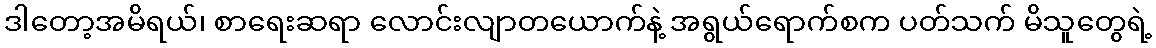
ဒါတော့အမိရယ်၊ စာရေးဆရာ လောင်းလျာတယောက်နဲ့ အရွယ်ရောက်စက ပတ်သက် မိသူတွေရဲ့